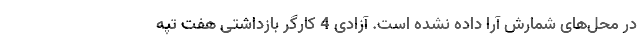
در محل‌های شمارش آرا داده نشده است. آزادی 4 کارگر بازداشتی هفت تپه